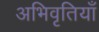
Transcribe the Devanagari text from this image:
अभिवृतियाँ